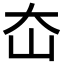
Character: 㞭